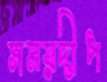
সময়দীপ